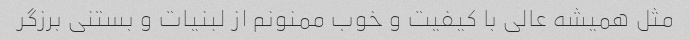
مثل همیشه عالی با کیفیت و خوب ممنونم از لبنیات و بستنی برزگر